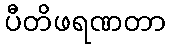
ပီတိဖရဏတာ